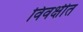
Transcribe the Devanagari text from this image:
विवक्षीत